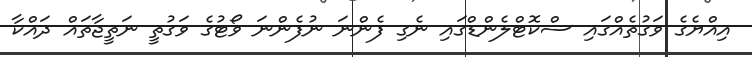
އިއްޔެގެ ވަގުތެއްގައި ސްކޮޓްލެންޑްގައި ނެގި ފެންނަ ނުފެންނަ ވޯޓުގެ ވަގުތީ ނަތީޖާތައް ދައްކާ